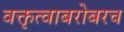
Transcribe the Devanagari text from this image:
वक्तृत्वाबरोबरच